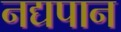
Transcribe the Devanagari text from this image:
नद्यपान